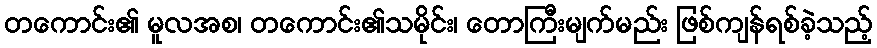
တကောင်း၏ မူလအစ၊ တကောင်း၏သမိုင်း၊ တောကြီးမျက်မည်း ဖြစ်ကျန်ရစ်ခဲ့သည့်